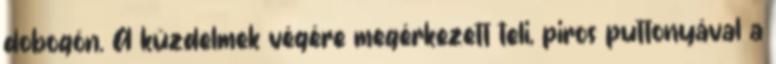
dobogón. A küzdelmek végére megérkezett teli, piros puttonyával a